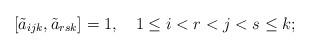
LaTeX: \begin{align*}[\tilde{a}_{ijk},\tilde{a}_{rsk}] = 1, \quad 1 \le i<r<j<s \le k;\end{align*}